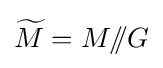
{\widetilde {M}}=M/\!\!/G